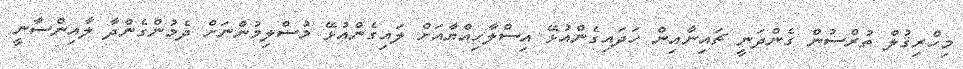
މިހްރިޤުލް ތުރްސުން ގެންދަނީ ޗައިނާއިން ހަދައިގެންއުޅޭ އިސްލާހިއްޔާއަށް ލައިގެންއުޅޭ މުސްލިމުންނަށް ދެމުންގެންދާ ލާއިންސާނީ